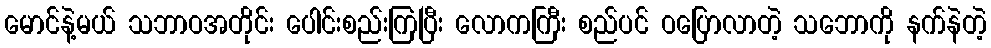
မောင်နဲ့မယ် သဘာဝအတိုင်း ပေါင်းစည်းကြပြီး လောကကြီး စည်ပင် ဝပြောလာတဲ့ သဘောကို နက်နဲတဲ့